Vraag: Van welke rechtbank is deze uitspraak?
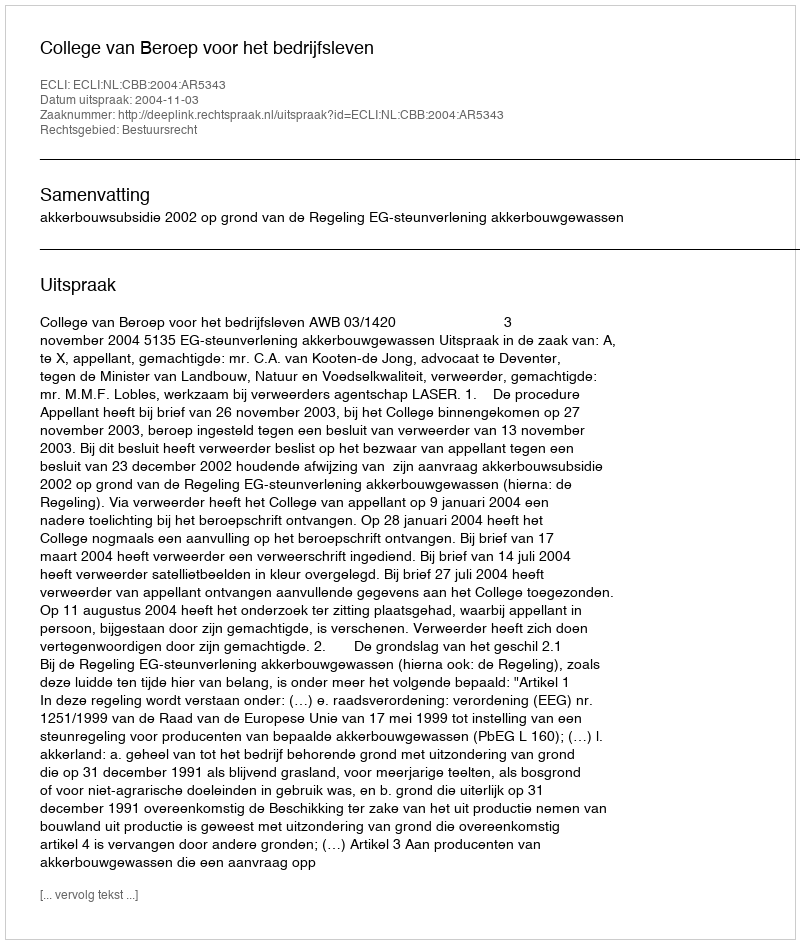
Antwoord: College van Beroep voor het bedrijfsleven